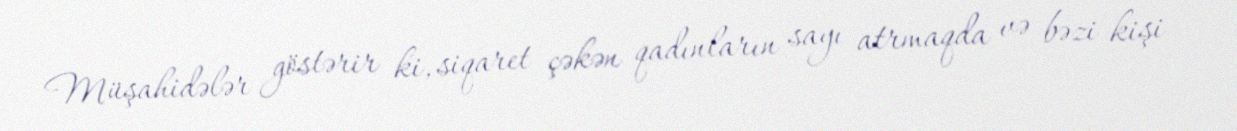
Müşahidələr göstərir ki, siqaret çəkən qadınların sayı atrmaqda və bəzi kişi